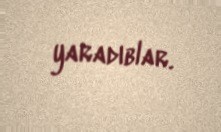
yaradıblar.